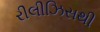
રીલીઝિસથી